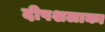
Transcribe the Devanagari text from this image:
दीपशलाका